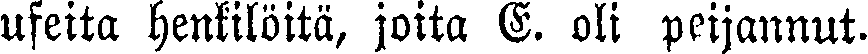
useita henkilöitä, joita E. oli peijannut.